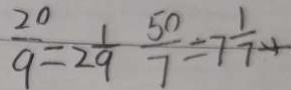
\frac { 2 0 } { 9 } = 2 \frac { 1 } { 9 } \frac { 5 0 } { 7 } = 7 \frac { 1 } { 7 }